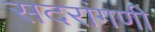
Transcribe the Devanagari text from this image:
सदरांगणी